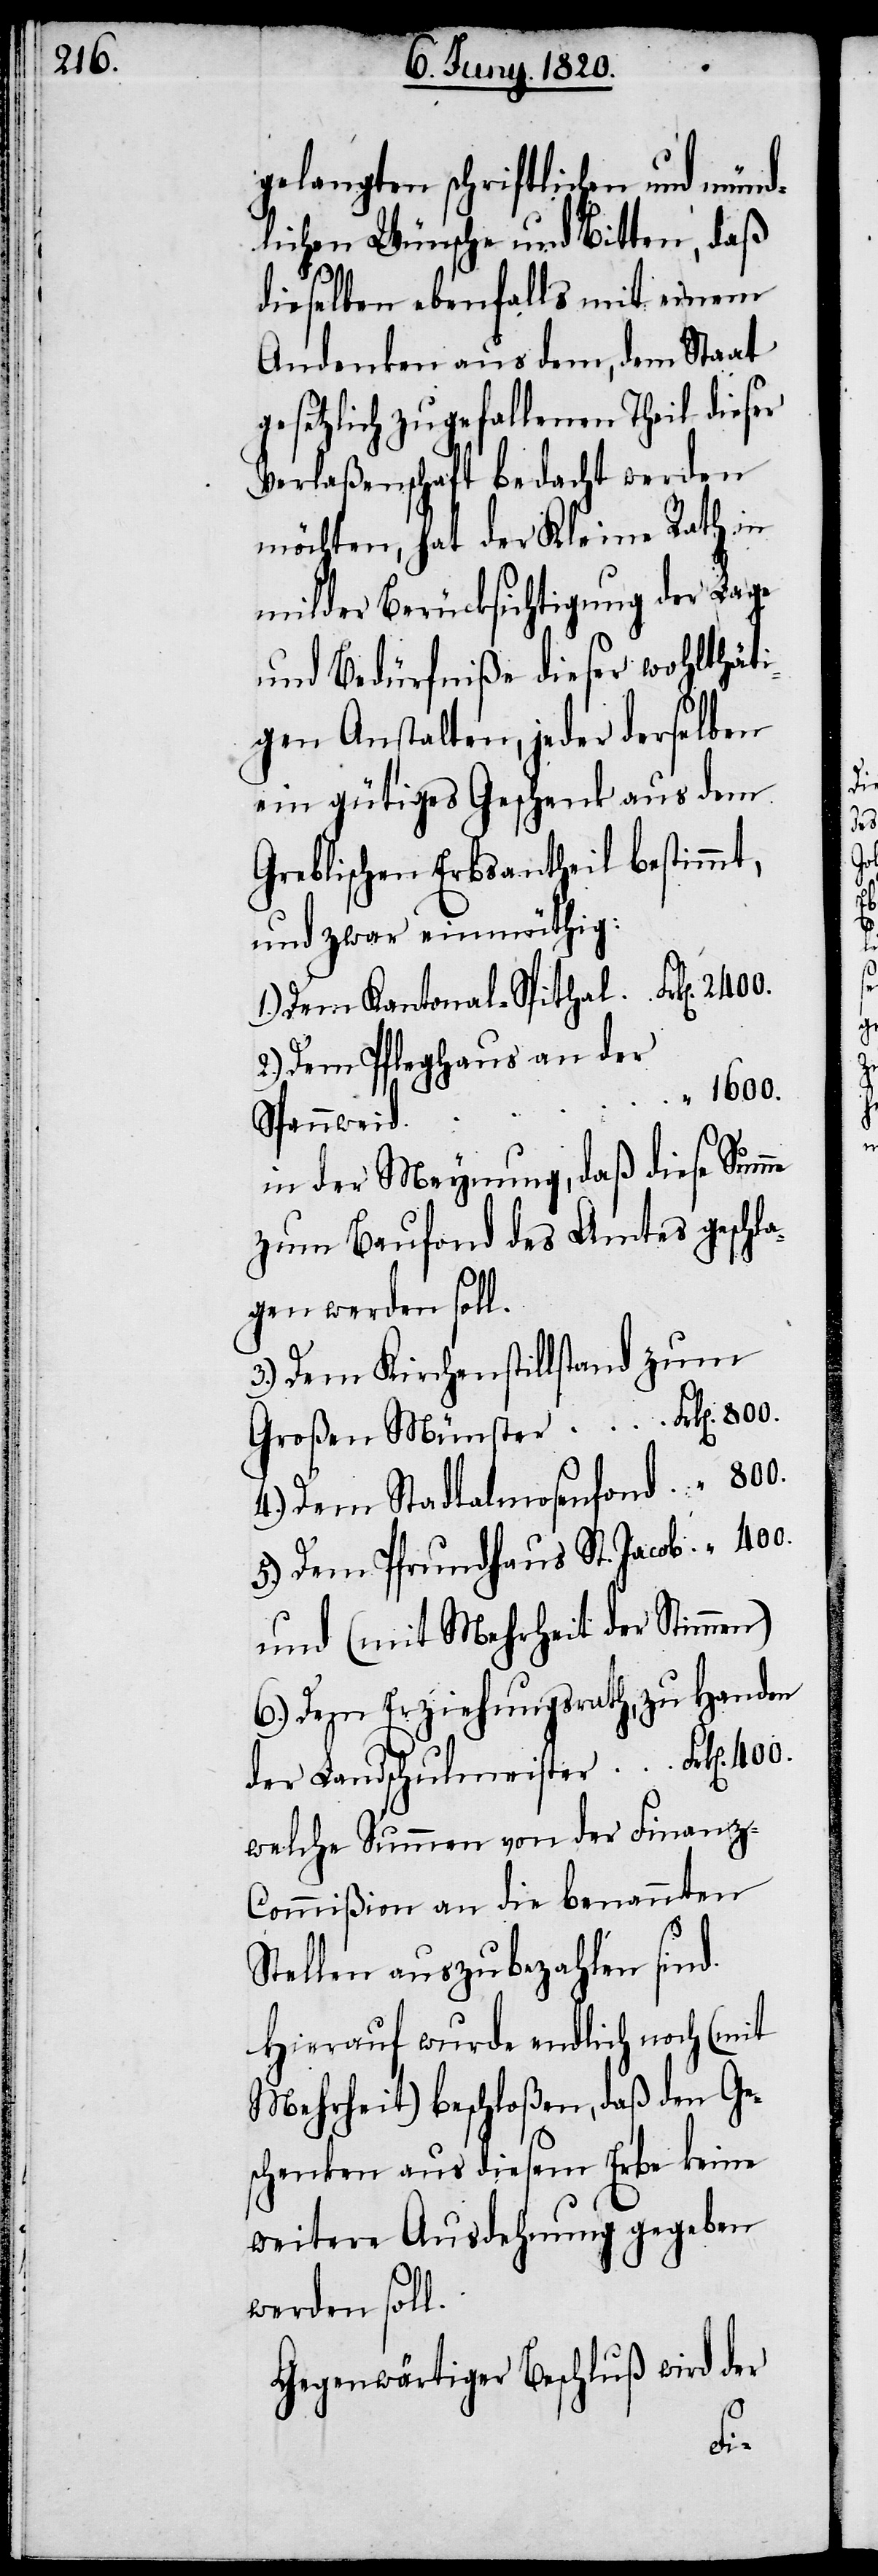
gelangten schriftlichen und münd¬
lichen Wünsche und bitten, daß
dieselben ebenfalls mit einem
Andenken aus dem, dem Staat
gesetzlich zugefallenen Theil dieser
Verlaßenschaft bedacht werden
möchten, hat der Kleine Rath in
milder Berücksichtigung der Lage
und Bedürfniße dieser wohlthäti¬
gen Anstalten, jeder derselben
ein gütiges Geschenk aus dem
Greblischen Erbsantheil bestimmt,
und zwar einmüthig:
1.) Dem Kantonal-Spithal	Frk[en]. 2400.
2.) Dem Pfleghaus an der
“ 1600.
Spannweid
in der Meynung, daß diese Summe
zum Baufond des Amtes geschla¬
gen werden soll.
3.) Dem Kirchenstillstand zum
Großen Münster	Frk[en]. 800.
4.) Dem Stadtalmosenfond	“ 800.
5.) Dem Pfrundhaus St. Jacob	“ 400.
und (mit Mehrheit der Stimmen)
6.) Dem Erziehungsrath, zu Handen
der Landschulmeister	Frk[en]. 400.
welche Summer von der Finanz-C¬
ommiβion an die benannten
Stellen auszubezahlen sind.
Hierauf wurde endlich noch (mit
Mehrheit) beschloßen, daß den Ge¬
schenken aus diesem Erbe keine
weitere Ausdehnung gegeben
werden soll.
Gegenwärtiger Beschluß wird der